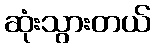
ဆုံးသွားတယ်